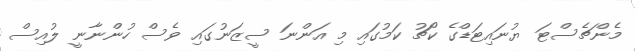
މެންޗެސްޓަ ޔުނައިޓަޑްގެ ކޯޗު ކަމުގައި މި އަންނަ ސީޒަނުގައި ވެސް ހުންނާނީ ލުއިސް